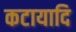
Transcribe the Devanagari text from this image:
कटायादि